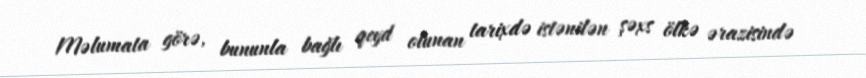
Məlumata görə, bununla bağlı qeyd olunan tarixdə istənilən şəxs ölkə ərazisində